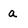
Character: a